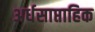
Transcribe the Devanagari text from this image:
अर्धसाप्ताहिक